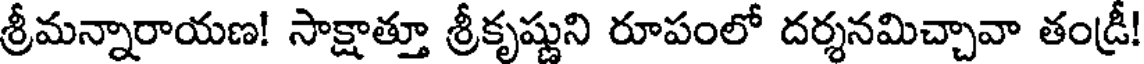
శ్రీమన్నారాయణ! సాక్షాత్తూ శ్రీకృష్ణుని రూపంలో దర్శనమిచ్చావా తండ్రీ!